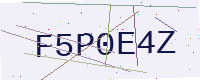
Text: F5P0E4Z